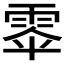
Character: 𮦎